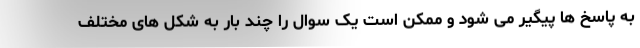
به پاسخ ها پیگیر می شود و ممکن است یک سوال را چند بار به شکل های مختلف